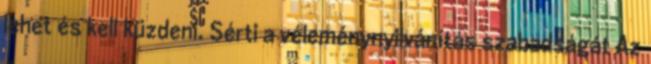
lehet és kell küzdeni. Sérti a véleménynyilvánítás szabadságát Az